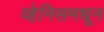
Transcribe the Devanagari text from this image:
व्हेनिसमधून